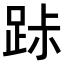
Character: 𨀚